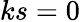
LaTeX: ks=0